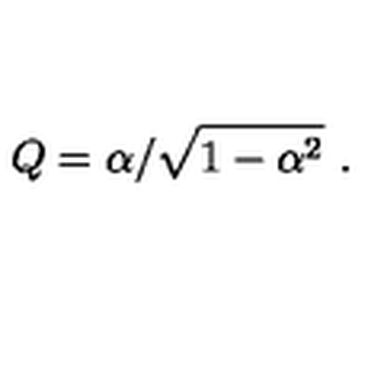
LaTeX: Q = \alpha / \sqrt { 1 - \alpha ^ { 2 } } \ .